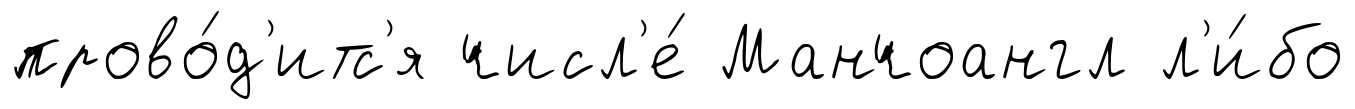
прово́д'итс'я числ'е́ Манчоангл л'и́бо